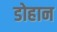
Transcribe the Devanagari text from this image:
डोहान